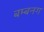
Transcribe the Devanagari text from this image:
बम्बनग